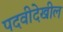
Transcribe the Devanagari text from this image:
पदवीदेखील